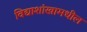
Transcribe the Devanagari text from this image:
विद्याशांखामधील